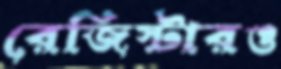
রেজিস্টারও